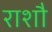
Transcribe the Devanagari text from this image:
राशौ